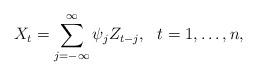
LaTeX: \begin{align*}X_{t}=\sum \limits_{j=-\infty }^{\infty }\psi _{j}Z_{t-j},\ \ t=1,\ldots, n,\end{align*}